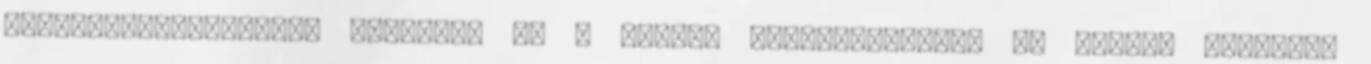
zöldségekben;sovány húsokban és a tenger gyümölcseiben, és teljes kiőrlésű